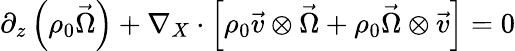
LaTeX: \begin{array}{r}{\partial_{z}\left(\rho_{0}\vec{\Omega}\right)+\nabla_{X}\cdot\left[\rho_{0}\vec{v}\otimes\vec{\Omega}+\rho_{0}\vec{\Omega}\otimes\vec{v}\right]=0}\end{array}